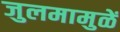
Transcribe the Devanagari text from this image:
जुलमामुळें